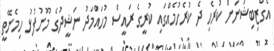
އެގްޒިބިޝަނަށް ކުރެހި ދެ ކުރެހުމެއްގައި ކުރީގެ ރައީސް މުހައްމަދު ނަޝީދުގެ މޫނުފުޅު ހިމެނޭތީ